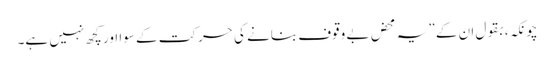
چونکہ، بقول ان کے ”یہ محض بے وقوف بنانے کی حرکت کے سوا اور کچھ نہیں ہے۔